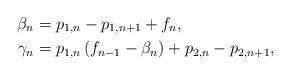
LaTeX: \begin{align*}\beta_{n}& = p_{1,n}-p_{1,n+1}+f_n, \\\gamma_n & = p_{1,n} \left(f_{n-1}-\beta_{n}\right)+p_{2,n}-p_{2,n+1}, \end{align*}